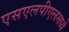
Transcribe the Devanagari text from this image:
एसएलपीएलमध्ये